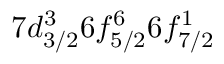
7 d _ { 3 / 2 } ^ { 3 } 6 f _ { 5 / 2 } ^ { 6 } 6 f _ { 7 / 2 } ^ { 1 }